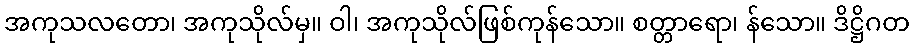
အကုသလတော၊ အကုသိုလ်မှ။ ဝါ၊ အကုသိုလ်ဖြစ်ကုန်သော။ စတ္တာရော၊ န်သော။ ဒိဋ္ဌိဂတ